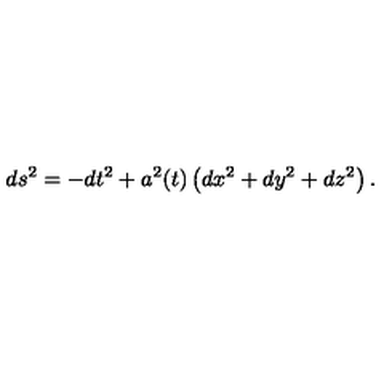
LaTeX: d s ^ { 2 } = - d t ^ { 2 } + a ^ { 2 } ( t ) \left( d x ^ { 2 } + d y ^ { 2 } + d z ^ { 2 } \right) .